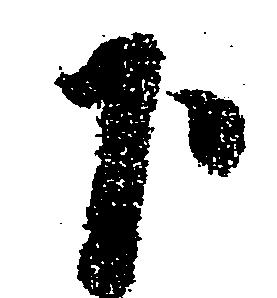
下